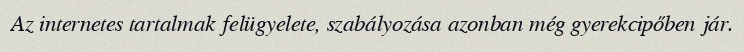
Az internetes tartalmak felügyelete, szabályozása azonban még gyerekcipőben jár.